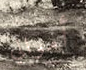
أموالي